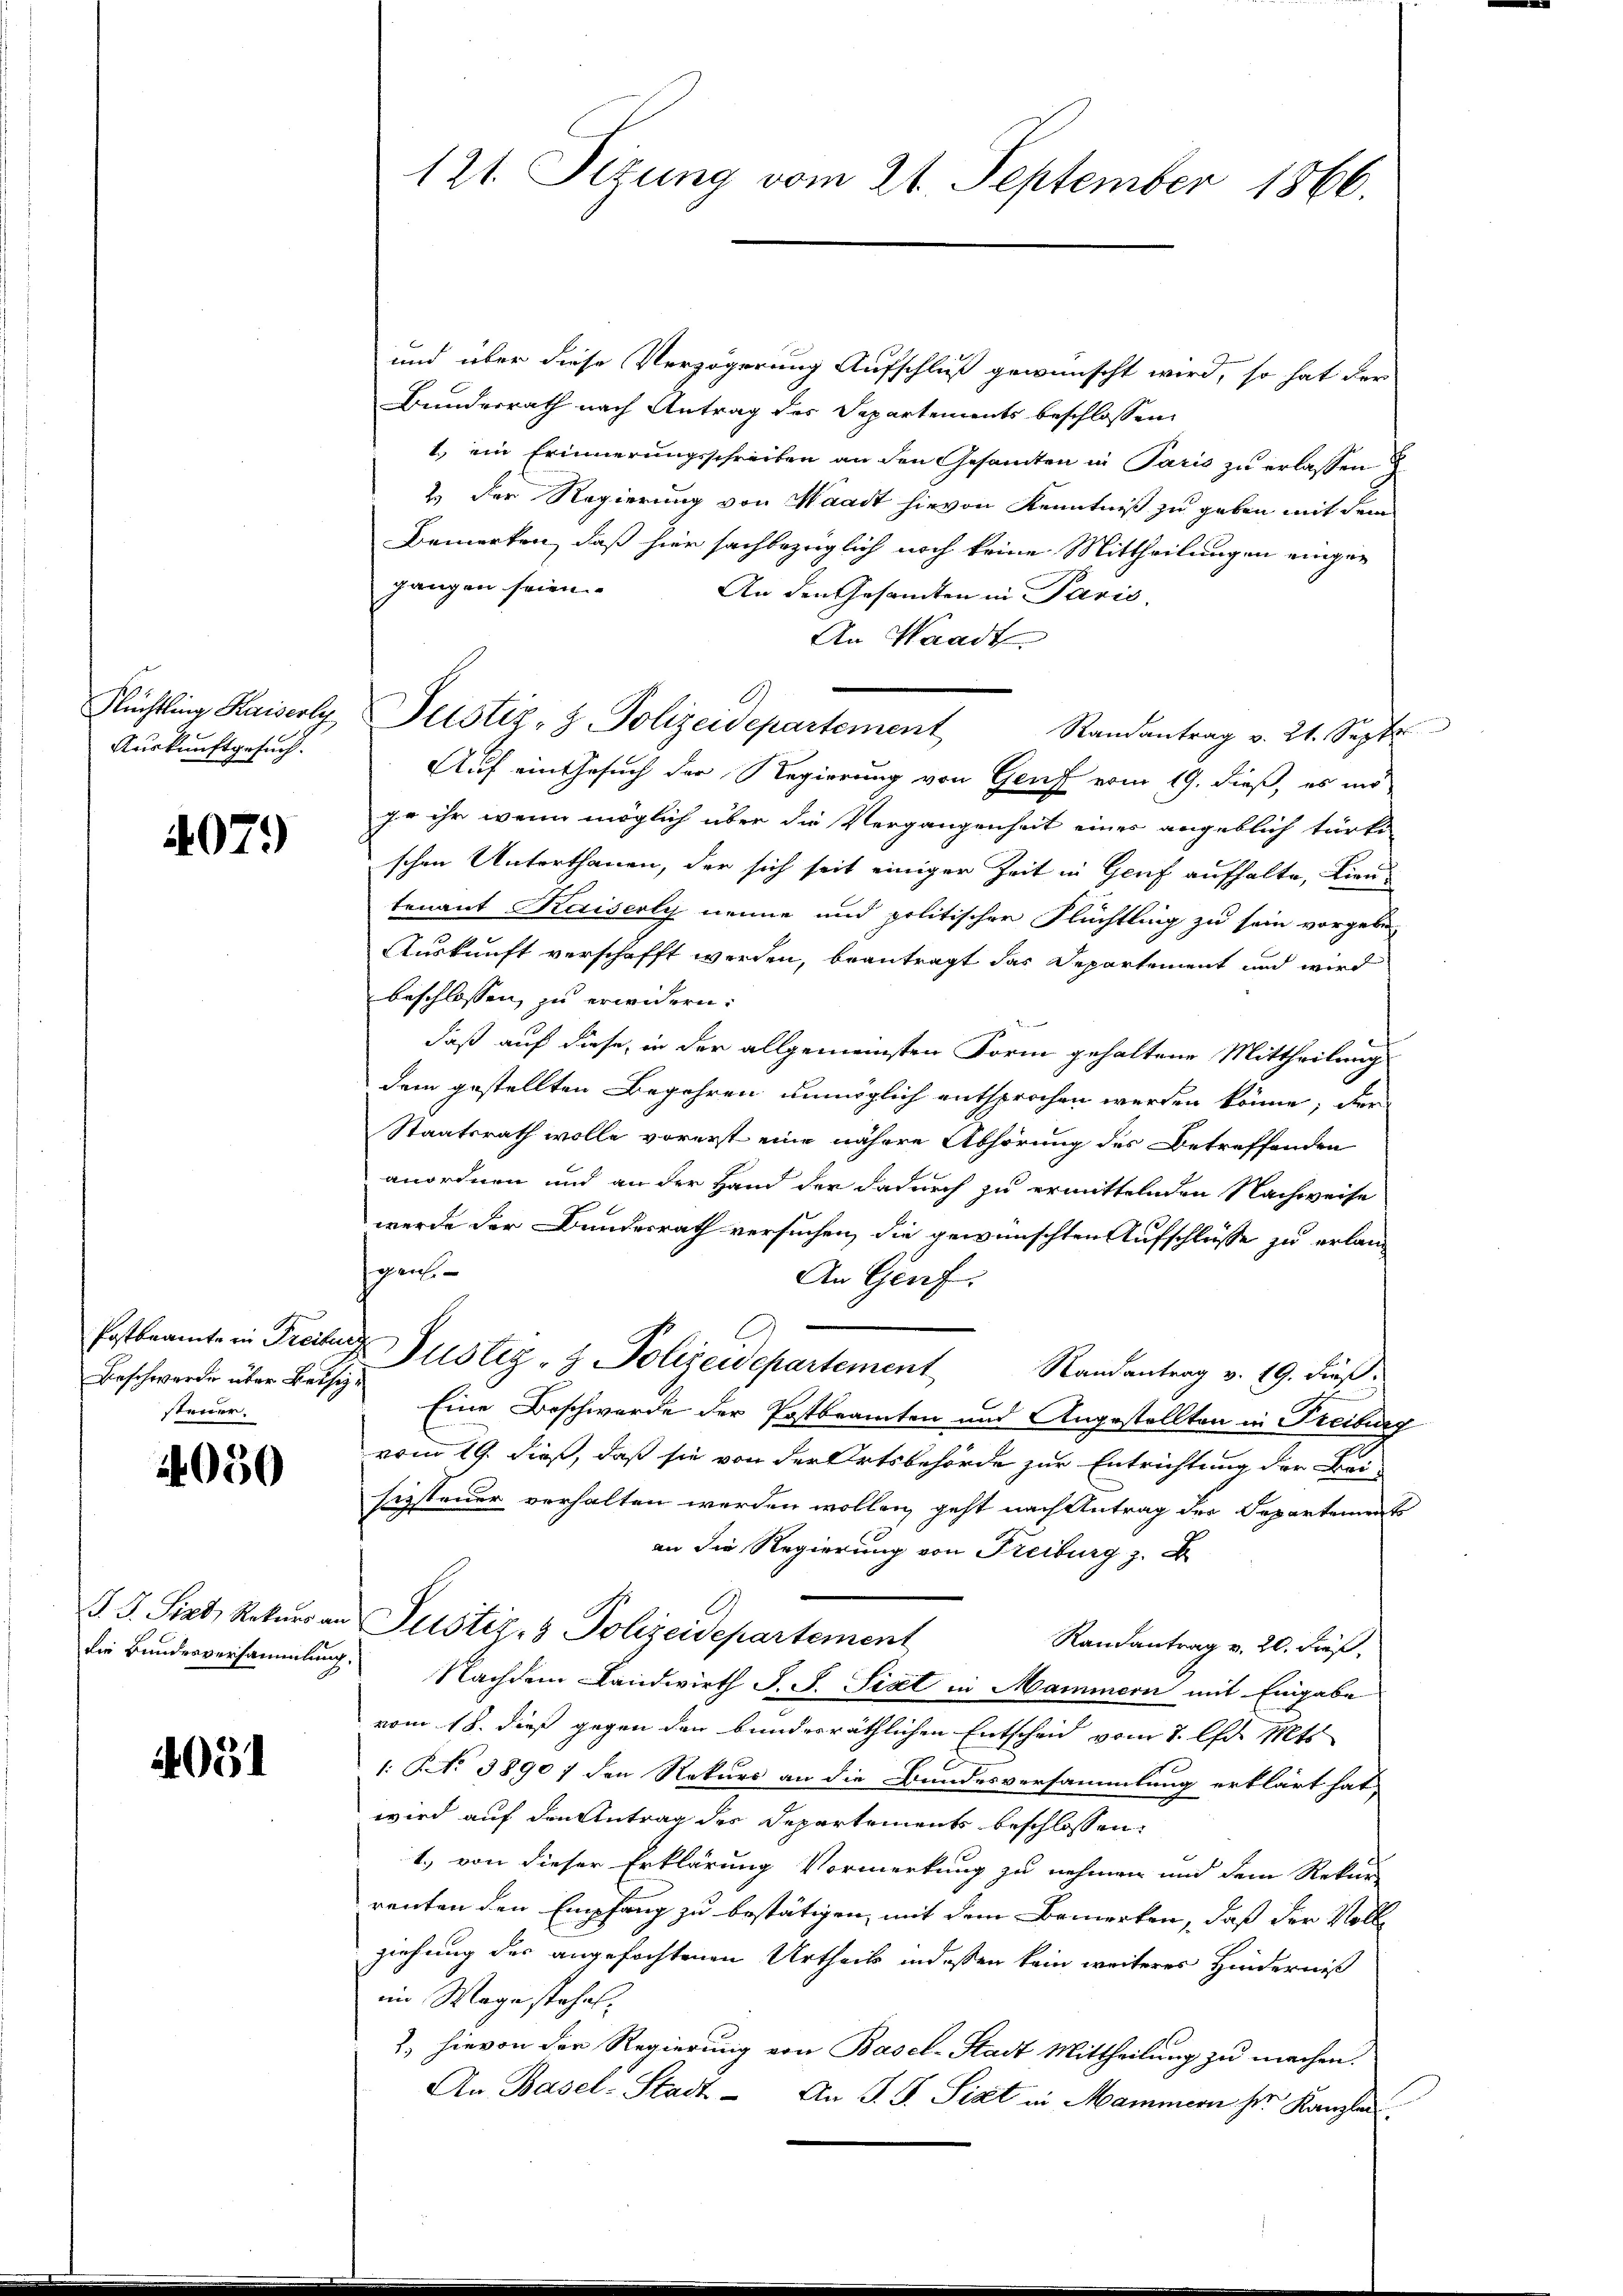
Flüchtling Kaiserly
Auskunftgesuch.

407.)

Beschwerde über Beise
steuer.

4050

J. J. Sixt, Rekurs a.
die Bundesversammlung

4051

und über diese Verzögerung Aufschluß gewünscht wird, so hat der
Bunderrath nach Antrag des Departements beschlossen:
1.) ein Erinnerungsschreiben an den Gesamten in Paris zu erlassen
2.) Der Regierung von Waadt hievon Kenntniß zu geben mit dem
Bemerken, daß hier sachbezüglich noch keine Mittheilungen eingegangen seien.
An den Gesandten in Paris.
An Waadt
Justiz- & Polizeidepartement
Randantrag v. 21. Septbr.
Auf ein Gesuch der Regierung von Genf vom 19. dieß, es ind
ge ihr wenn möglich über die Vergangenheit eines angeblich türki-
schen Unterthanen, der sich seit einiger Zeit in Genf aufhalte, Lieutenant Kaiserly nenne und politischen Flüchtling zu sein vorgebe
Auskunft verschafft werden, beantragt das Departement und wird
beschlossen zu erwidern.
t
daß auf diese, in der allgemeinsten Form gehaltene Mittheilung
dem gestellten Begehren unmöglich entsprochen werden könne; der
Staatsrath wolle vorerst eine nähere Abhörung des Betreffenden
anordnen und an der Hand der dadurch zu ermittelnden Nachweise
werde der Bundesrath versuchen, die gewünschten Aufschlüsse zu erlang
gen.
An Genf.
Postbeamte in Freiherr Justiz- & Polizeidepartement Randantrag v. 19. dieß.
 Eine Beschwerde der Postbeamten und Angestellten in Freiburg
vom 19. dieß, daß sie von der Ortsbehörde zur Entrichtung der Bei-
sizsteuer verhalten werden wollen, geht nach Antrag der Departement
an die Regierung von Freiburg z. B
Justiz- & Polizeidepartement
Randantrag v. 20. dieß,
 Nachdem Landwirth J. F. Sixt in Mammern mit Eingabe
vom 18. dieß gegen den bundesräthlichen Entscheid vom 7. d. Mts.
1: No 3890; den Rekurs an die Bundesversammlung erklärt hat
wird auf den Antrag des Departements beschlossen:
1., von dieser Erklärung Vormerkung zu nehmen und dem Rekur
renten den Empfang zu bestätigen, mit dem Bemerken, daß der Voll
ziehung des angefochtenen Urtheils indessen kein weiteres Hinderniß
im Wege stehet.
2, hievon der Regierung von Basel-Stadt Mittheilung zu machen.
An Basel-Stadt - An J. J. Sixt in Mammern her Kanzlei

121. Sizung vom 21. September 1866.

n